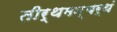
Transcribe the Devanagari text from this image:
तीर्थमन्यर्थं